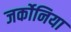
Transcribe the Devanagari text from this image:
जर्कोनिया